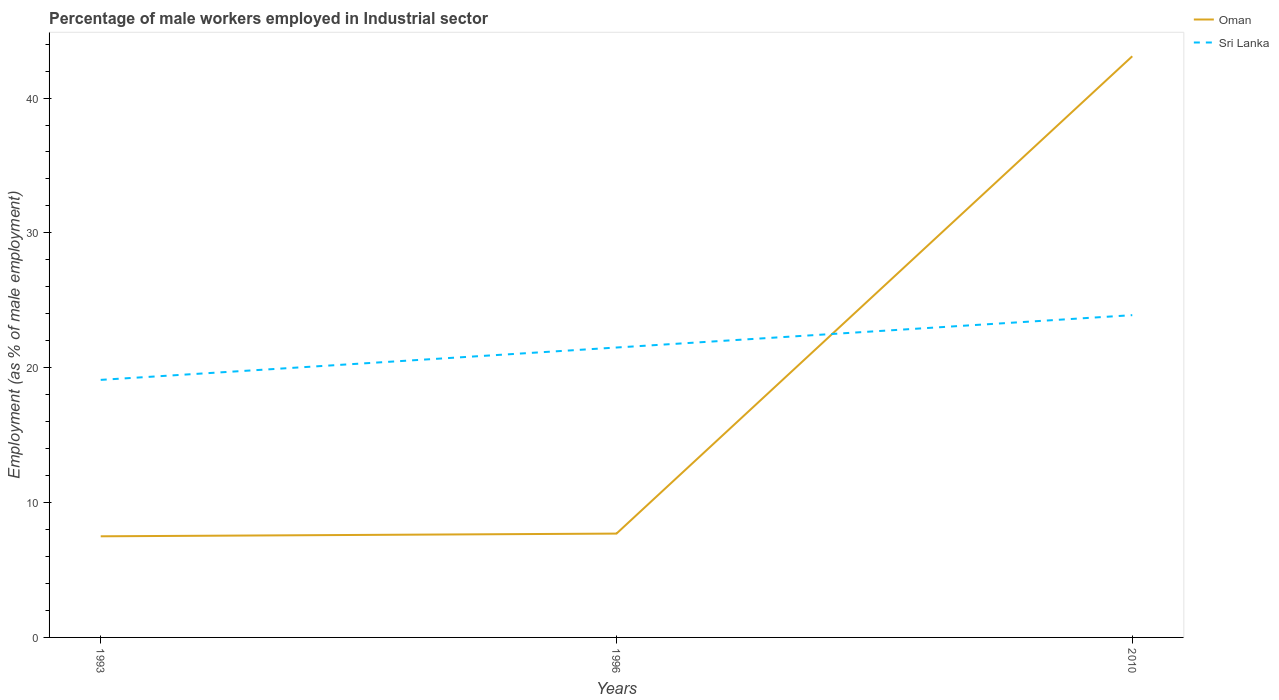
| Years | Oman | Sri Lanka |
 | --- | --- | --- |
 | 1993 | 7.5 | 19.1 |
 | 1996 | 7.7 | 21.5 |
 | 2010 | 43.1 | 23.9 |